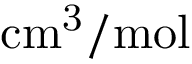
\mathrm { c m ^ { 3 } / m o l }